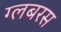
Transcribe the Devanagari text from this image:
ग्लबरस